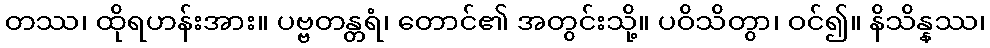
တဿ၊ ထိုရဟန်းအား။ ပဗ္ဗတန္တရံ၊ တောင်၏ အတွင်းသို့။ ပဝိသိတွာ၊ ဝင်၍။ နိသိန္နဿ၊